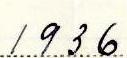
1936